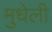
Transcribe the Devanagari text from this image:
मुधेली